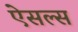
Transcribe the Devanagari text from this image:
ऐसल्स